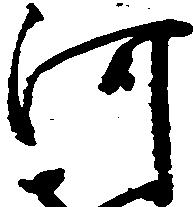
河